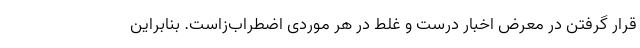
قرار گرفتن در معرض اخبار درست و غلط در هر موردی اضطراب‌زاست. بنابراین